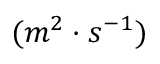
( m ^ { 2 } \cdot s ^ { - 1 } )